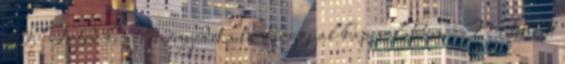
10. Fejtsd ki véleményedet a tantárggyal kapcsolatban. Mi tetszett